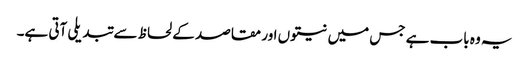
یہ وہ باب ہے جس میں نیتوں اور مقاصد کے لحاظ سے تبدیلی آتی ہے۔